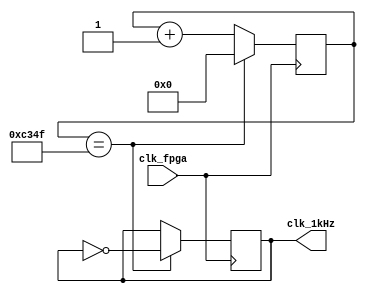
`timescale 1ns / 1ps
//////////////////////////////////////////////////////////////////////////////////
// Company: 
// Engineer: 
// 
// Design Name: 
// Module Name: slowClock_1kHz
// Project Name: 
// Target Devices: 
// Tool Versions: 
// Description: 
// 
// Dependencies: 
// 
// Revision:
// Revision 0.01 - File Created
// Additional Comments:
// 
//////////////////////////////////////////////////////////////////////////////////


module slowClock_1kHz(
    input clk_fpga, // 100MHz master clock    
    output reg clk_1kHz //1kHz output clock
    );    
    
    localparam clkdiv = 50_000 - 1; // clock divider 
    reg [15:0] period_count = 0; // counts up to the clock divider    
    
    // divide the 100MHz clock to 1kHz    
    always@(posedge clk_fpga)   begin        
        if (period_count == clkdiv) 
            begin
            period_count <= 0;
            clk_1kHz <= ~clk_1kHz;
            end
        else
            begin
            period_count <= period_count + 1'b1;
            clk_1kHz <= clk_1kHz;
            end
        end      

endmodule